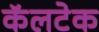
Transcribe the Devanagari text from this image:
कॅलटेक